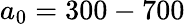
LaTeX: a_{0}=300-700